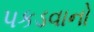
પકડવાનો